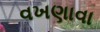
વખણાવા